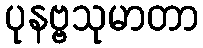
ပုနဗ္ဗသုမာတာ